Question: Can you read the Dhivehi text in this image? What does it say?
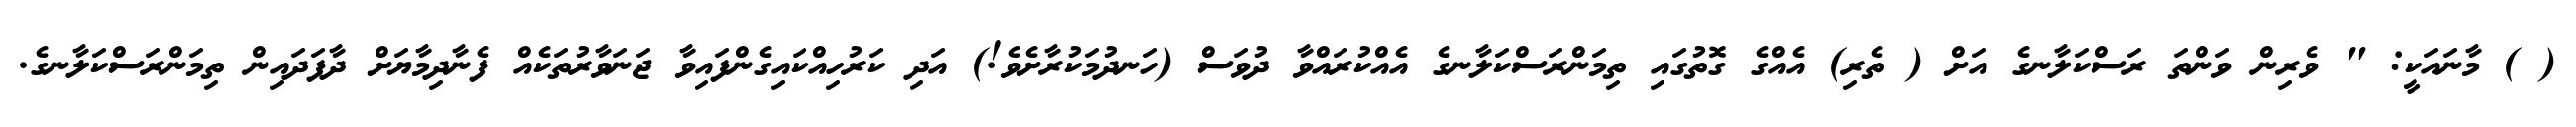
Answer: ( ) މާނައަކީ: " ވެރިން ވަންތަ ރަސްކަލާނގެ އަށް ( ތެރި) އެއްގެ ގޮތުގައި ތިމަންރަސްކަލާނގެ އެއްކުރައްވާ ދުވަސް (ހަނދުމަކުރާށެވެ!) އަދި ކަރުހިއްކައިގެންފައިވާ ޖަނަވާރުތަކެއް ފެނާދިމާޔަށް ދާފަދައިން ތިމަންރަސްކަލާނގެ.